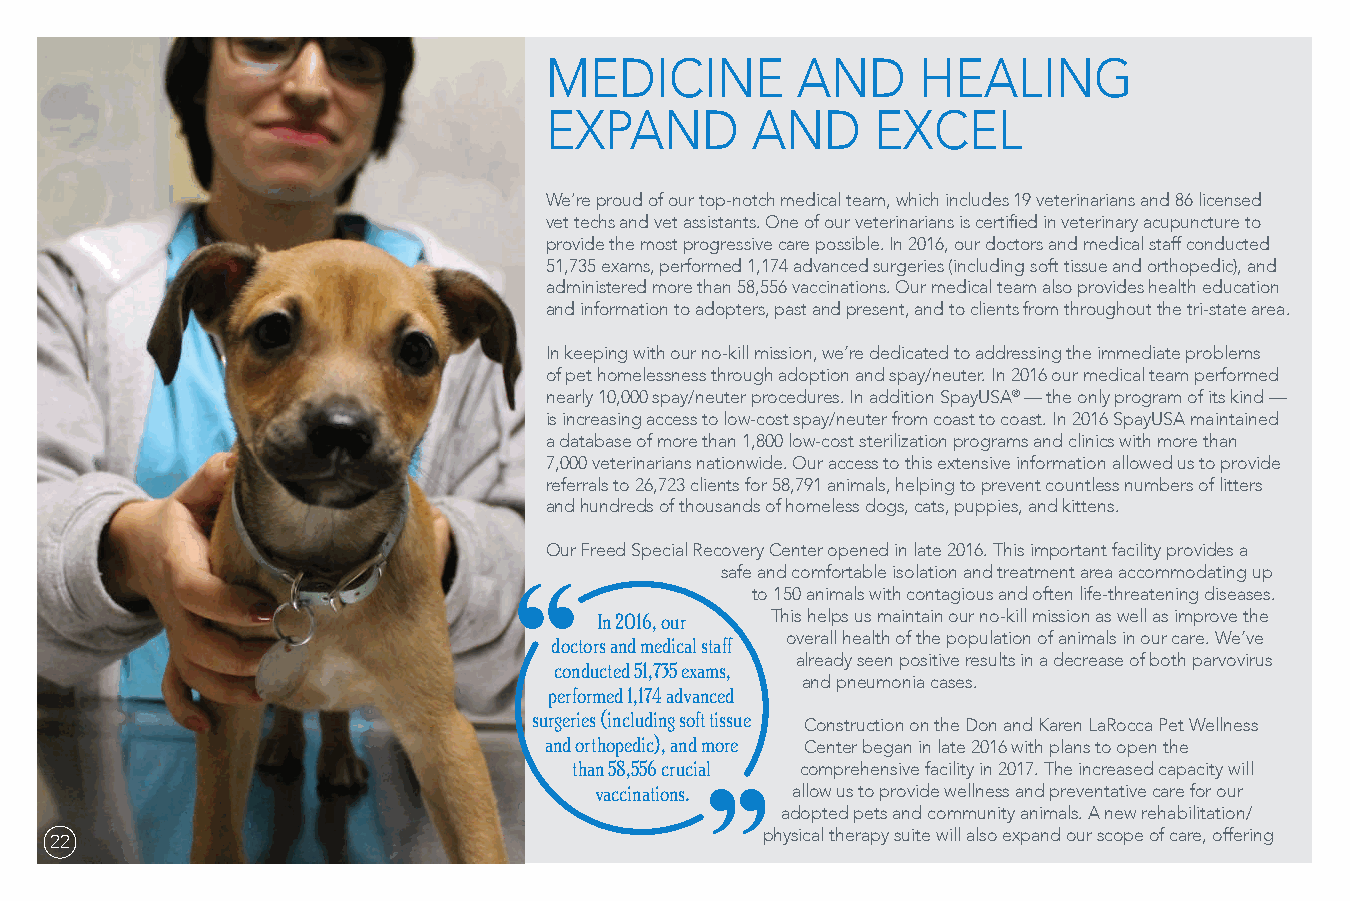
MEDICINE         AND     HEALING
 EXPAND        AND     EXCEL
 We’re proud of our top-notch medical team, which includes 19 veterinarians and 86 licensed
 vet techs and vet assistants. One of our veterinarians is certified in veterinary acupuncture to
 provide the most progressive care possible. In 2016, our doctors and medical staff conducted
 51,735 exams, performed 1,174 advanced surgeries (including soft tissue and orthopedic), and
 administered more than 58,556 vaccinations. Our medical team also provides health education
 and information to adopters, past and present, and to clients from throughout the tri-state area.
 In keeping with our no-kill mission, we’re dedicated to addressing the immediate problems
 of pet homelessness through adoption and spay/neuter. In 2016 our medical team performed
 nearly 10,000 spay/neuter procedures. In addition SpayUSA® — the only program of its kind —
 is increasing access to low-cost spay/neuter from coast to coast. In 2016 SpayUSA maintained
 a database of more than 1,800 low-cost sterilization programs and clinics with more than
 7,000 veterinarians nationwide. Our access to this extensive information allowed us to provide
 referrals to 26,723 clients for 58,791 animals, helping to prevent countless numbers of litters
 and hundreds of thousands of homeless dogs, cats, puppies, and kittens.
 Our Freed Special Recovery Center opened in late 2016. This important facility provides a
 safe and comfortable isolation and treatment area accommodating up
 to 150 animals with contagious and often life-threatening diseases.
 In 2016, our This helps us maintain our no-kill mission as well as improve the
 doctors and medical staff overall health of the population of animals in our care. We’ve
 already seen positive results in a decrease of both parvovirus
 conducted 51,735 exams,
 and pneumonia cases.
 performed 1,174 advanced
 surgeries (including soft tissue
 Construction on the Don and Karen LaRocca Pet Wellness
 and orthopedic), and more Center began in late 2016 with plans to open the
 than 58,556 crucial comprehensive facility in 2017. The increased capacity will
 vaccinations. allow us to provide wellness and preventative care for our
 adopted pets and community animals. A new rehabilitation/
 physical therapy suite will also expand our scope of care, offering
 22